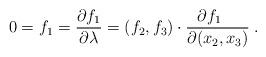
LaTeX: \begin{align*}0=f_1=\frac{\partial f_1}{\partial\lambda}=(f_2,f_3)\cdot \frac{\partial f_1\quad}{\partial(x_2,x_3)}\;.\end{align*}